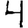
Digit: 4